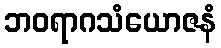
ဘဝရာဂသံယောဇနံ